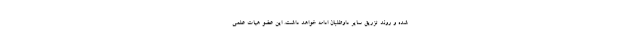
شده و روند تزریق سایر داوطلبان ادامه خواهد داشت. این عضو هیات علمی